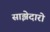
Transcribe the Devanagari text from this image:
साझेदारो